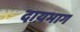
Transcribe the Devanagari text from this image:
दाय़भाग